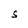
Character: S